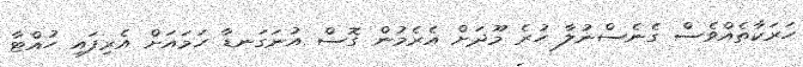
ހަރަކާތެއްވެސް ގެނެސްނުލާ ހުރެ މޫދަށް އެރެމުން ގޮސް އުނަގަނޑާ ހަމައަށް އެރިފައި ހުއްޓާ